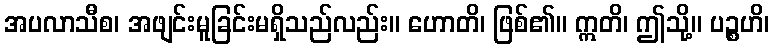
အပလာသီစ၊ အဖျင်းမူခြင်းမရှိသည်လည်း။ ဟောတိ၊ ဖြစ်၏။ ဣတိ၊ ဤသို့။ ပဉ္စဟိ၊